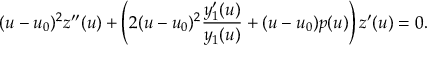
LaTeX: ( u - u _ { 0 } ) ^ { 2 } z ^ { \prime \prime } ( u ) + \left( 2 ( u - u _ { 0 } ) ^ { 2 } \frac { y _ { 1 } ^ { \prime } ( u ) } { y _ { 1 } ( u ) } + ( u - u _ { 0 } ) p ( u ) \right) z ^ { \prime } ( u ) = 0 .